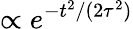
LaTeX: \propto e^{-t^{2}/(2\tau^{2})}